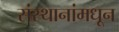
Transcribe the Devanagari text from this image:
संस्थानांमधून